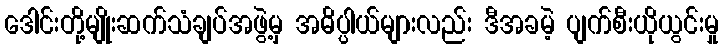
ဒေါင်းတို့မျိုးဆက်သံချပ်အဖွဲ့မှ အဓိပ္ပါယ်များလည်း ဒီအခမဲ့ ပျက်စီးယိုယွင်းမှု